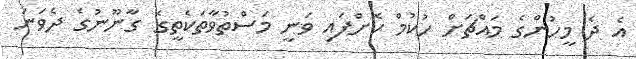
އެ ދެ މީހުންގެ މައްޗަށް ހުކުމް ކޮށްފައި ވަނީ މަސްތުވާތަކެތީގެ ގާނޫނުގެ ދެވަނަ